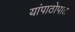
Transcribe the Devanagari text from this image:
यांपाठोपाठ